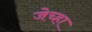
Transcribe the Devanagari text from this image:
जेच्हा